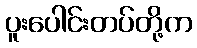
ပူးပေါင်းတပ်တို့က